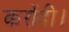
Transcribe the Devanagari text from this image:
करोंदी।